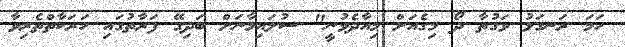
ހަމަ ރަނގަޅު ވަގުތާ ދޯ މިގެއަށް މިއާދެވުނީ" ސުލައިމާނަށް ބަދިގޭ ފަރާތުގައި ހަރަކާތްތެރިވާ